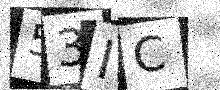
Text: 53IC